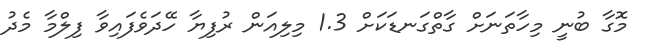
މޮގާ ބުނީ މިހާތަނަށް ގާތްގަނޑަކަށް 1.3 މިލިއަން ރުފިޔާ ހޭދަވެފައިވާ ފިލްމާ މެދު